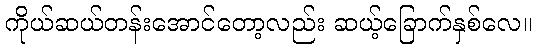
ကိုယ်ဆယ်တန်းအောင်တော့လည်း ဆယ့်ခြောက်နှစ်လေ။